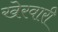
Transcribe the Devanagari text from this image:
खेरवारी